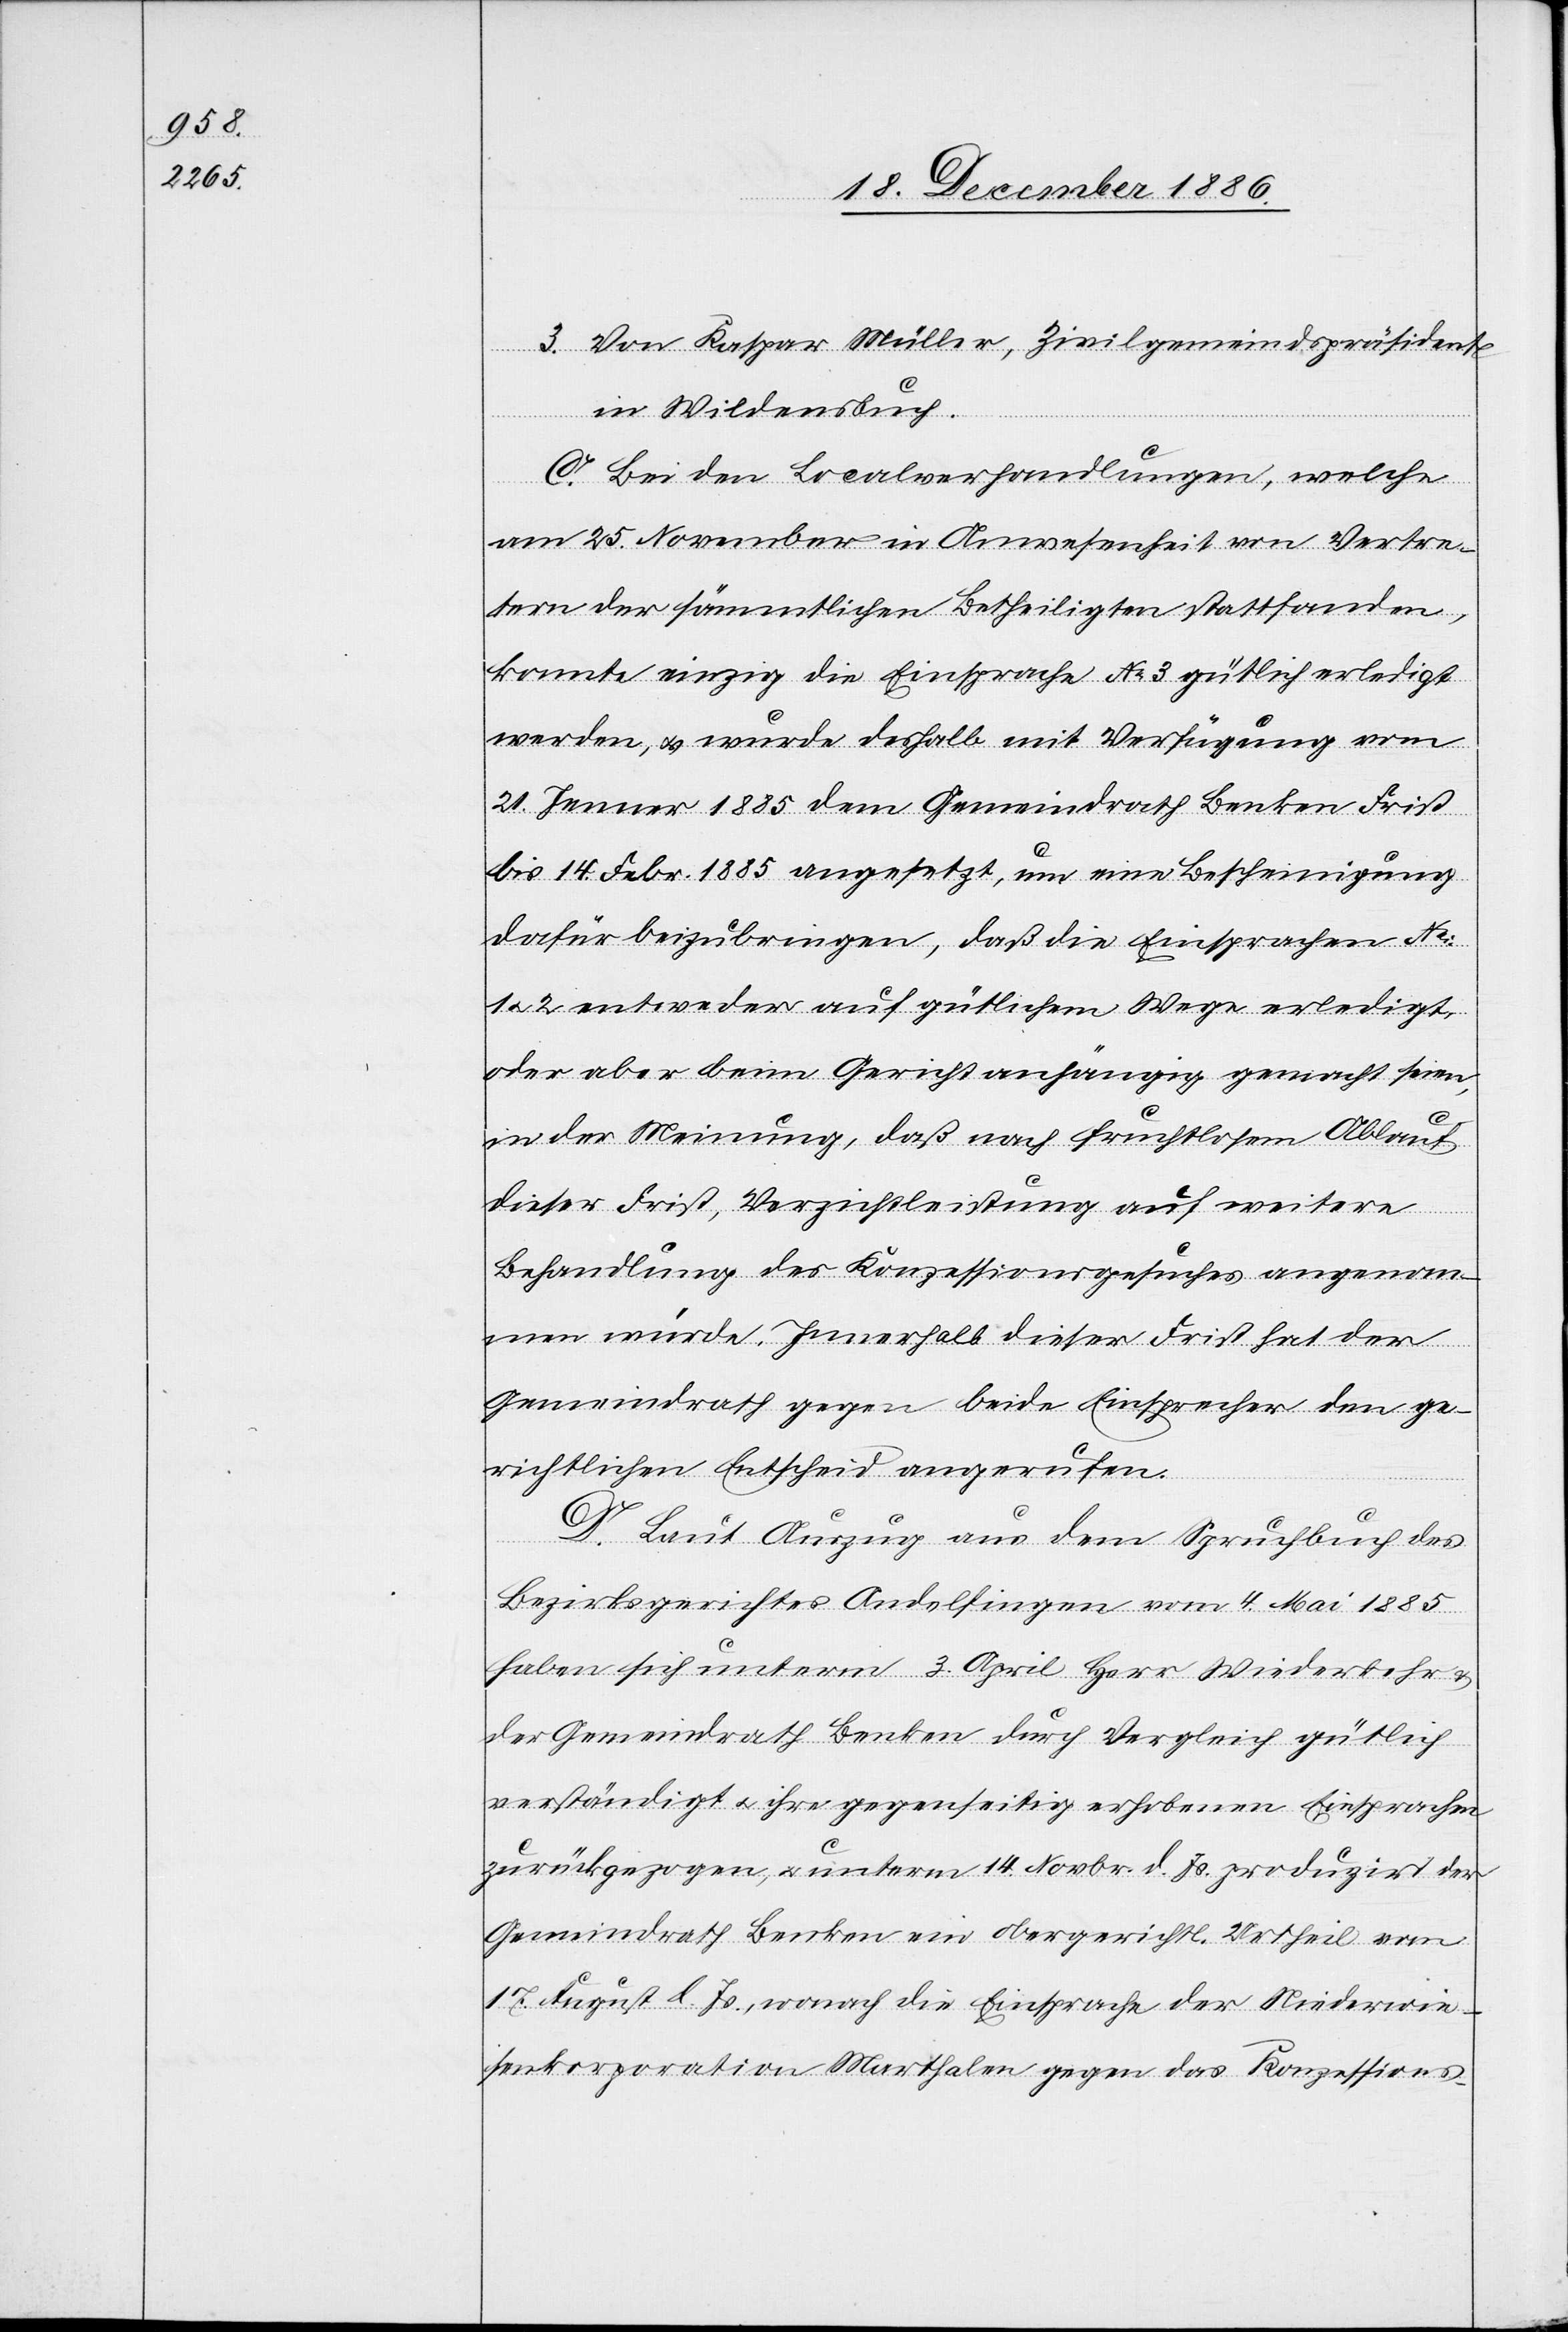
3. Von Kaspar Müller, Zivilgemeindspräsident
in Wildensbuch.
C. Bei den Localverhandlungen, welche
am 25. November in Anwesenheit von Vertre¬
tern der sämmtlichen Betheiligten stattfanden,
konnte einzig die Einsprache No 3 gütlich erledigt
werden, & wurde deshalb mit Verfügung vom
21. Jenner 1885 dem Gemeindrath Benken Frist
bis 14. Febr. 1885 angesetzt, um eine Bescheinigung
dafür beizubringen, daß die Einsprachen No:
2 entweder auf gütlichem Wege erledigt,
oder aber beim Gericht anhängig gemacht seien,
in der Meinung, daß nach fruchtlosem Ablauf
dieser Frist, Verzichtleistung auf weitere
Behandlung des Konzessionsgesuches angenom¬
men würde. Innerhalb dieser Frist hat der
Gemeindrath gegen beide Einsprecher den ge¬
richtlichen Entscheid angerufen.
D. Laut Auszug aus dem Spruchbuch des
Bezirksgerichtes Andelfingen vom 4. Mai 1885
haben sich unterm 3. April Herr Wiederkehr &
der Gemeindrath Benken durch Vergleich gütlich
verständigt & ihre gegenseitig erhobenen Einsprachen
zurückgezogen, & unterm 14. Novbr. d. Js. produzirt der
Gemeindrath Benken ein obergerichtl. Urtheil vom
17. August l. Js., wonach die Einsprache der Niederwie¬
senkorporation Marthalen gegen das Konzessions-